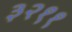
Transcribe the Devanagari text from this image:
३२११